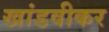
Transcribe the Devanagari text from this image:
खांडवीकर